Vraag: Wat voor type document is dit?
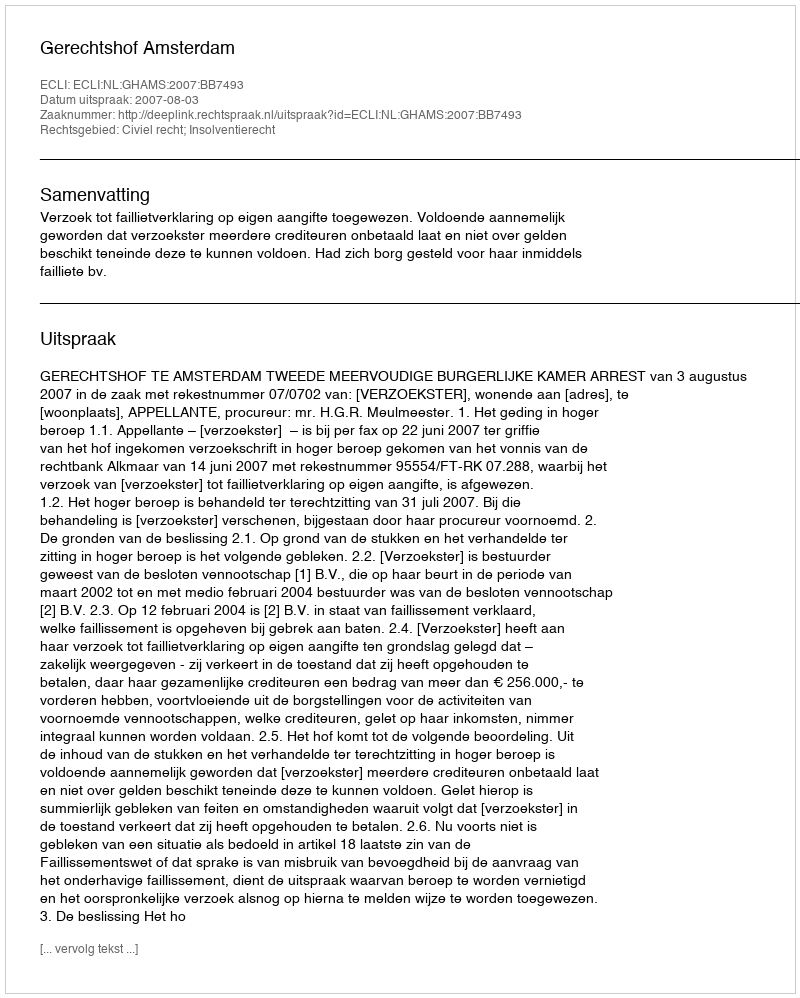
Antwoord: Uitspraak